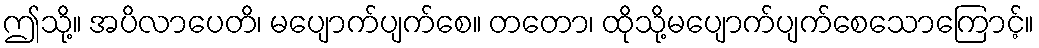
ဤသို့။ အပိလာပေတိ၊ မပျောက်ပျက်စေ။ တတော၊ ထိုသို့မပျောက်ပျက်စေသောကြောင့်။